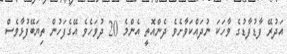
އަދުރޭ ފާޑުފާޑުގެ ވާހަކަ ނުދައްކަވާށެވެ ދެންއޮތީ އެންމެ 20 ދުވަހެވެ އޭގެފަހުން ތިޔަބޭފުޅާވެސް